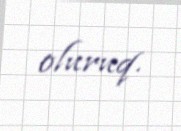
oluruq.